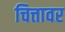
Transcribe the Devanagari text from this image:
चित्तावर